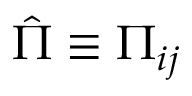
\hat { \Pi } \equiv \Pi _ { i j }